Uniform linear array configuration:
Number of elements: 24
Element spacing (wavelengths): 0.75
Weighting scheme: hamming
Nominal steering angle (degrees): -45
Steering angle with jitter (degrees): -45.454
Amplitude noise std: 0.05
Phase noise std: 0.05

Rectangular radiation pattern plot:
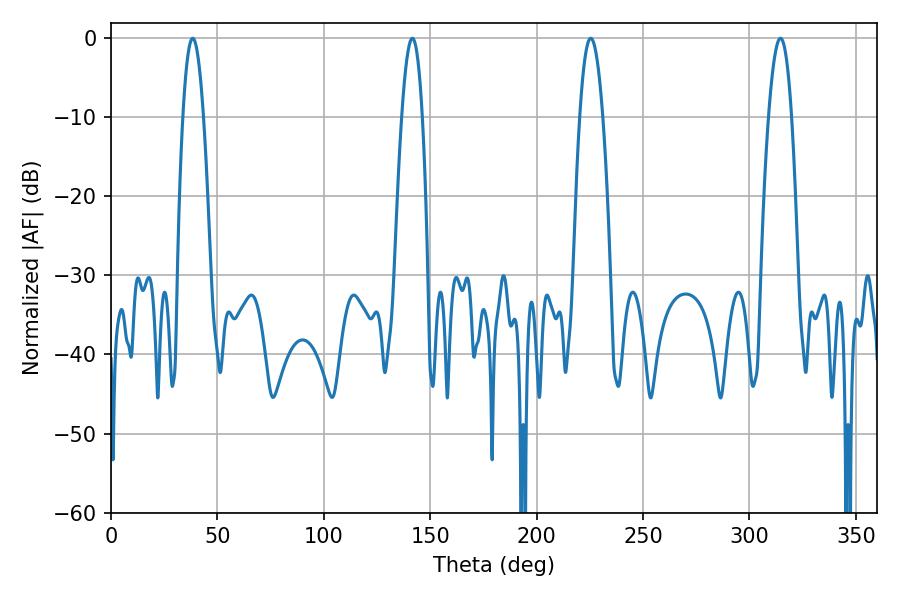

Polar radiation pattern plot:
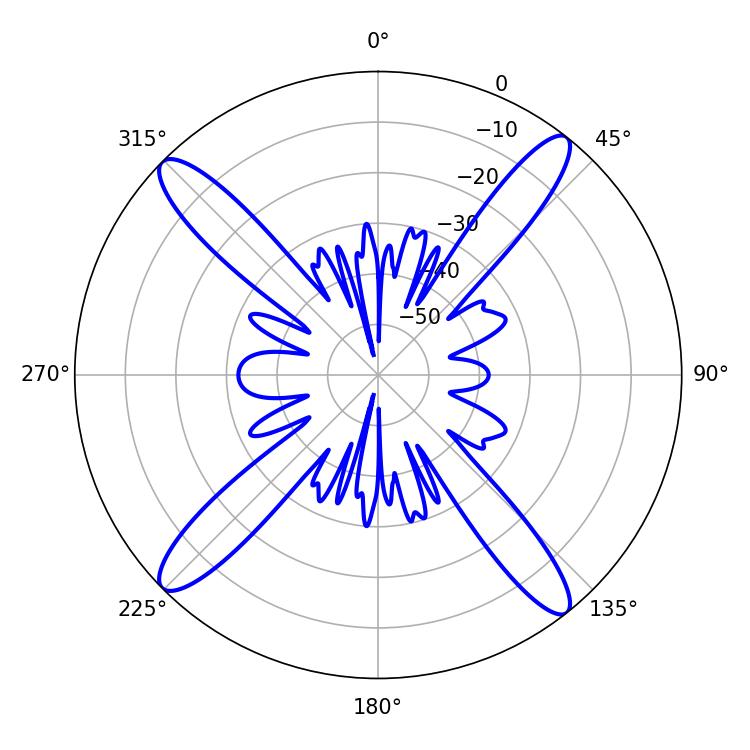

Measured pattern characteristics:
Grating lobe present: TRUE
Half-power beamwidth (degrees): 5.22
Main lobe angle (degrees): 38.34